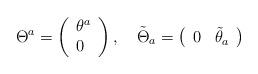
LaTeX: \begin{align*}\Theta ^{a}=\left( \begin{array}{l}\theta ^{a} \\ 0\end{array}\right) ,\quad \tilde{\Theta}_{a}=\left( \begin{array}{ll}0 & \tilde{\theta}_{a}\end{array}\right)\end{align*}